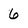
Character: 6